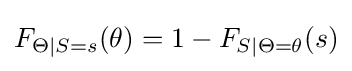
F_{\Theta \mid S=s}(\theta )=1-F_{S\mid \Theta =\theta }(s)